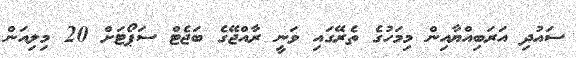
ސައުދި އަރަބިއްޔާއިން މިމަހުގެ ތެރޭގައި ވަނީ ރާއްޖޭގެ ބަޖެޓް ސަޕޯޓަށް 20 މިލިއަން